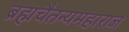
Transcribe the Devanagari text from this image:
ब्रह्मचैतन्यमहाराज